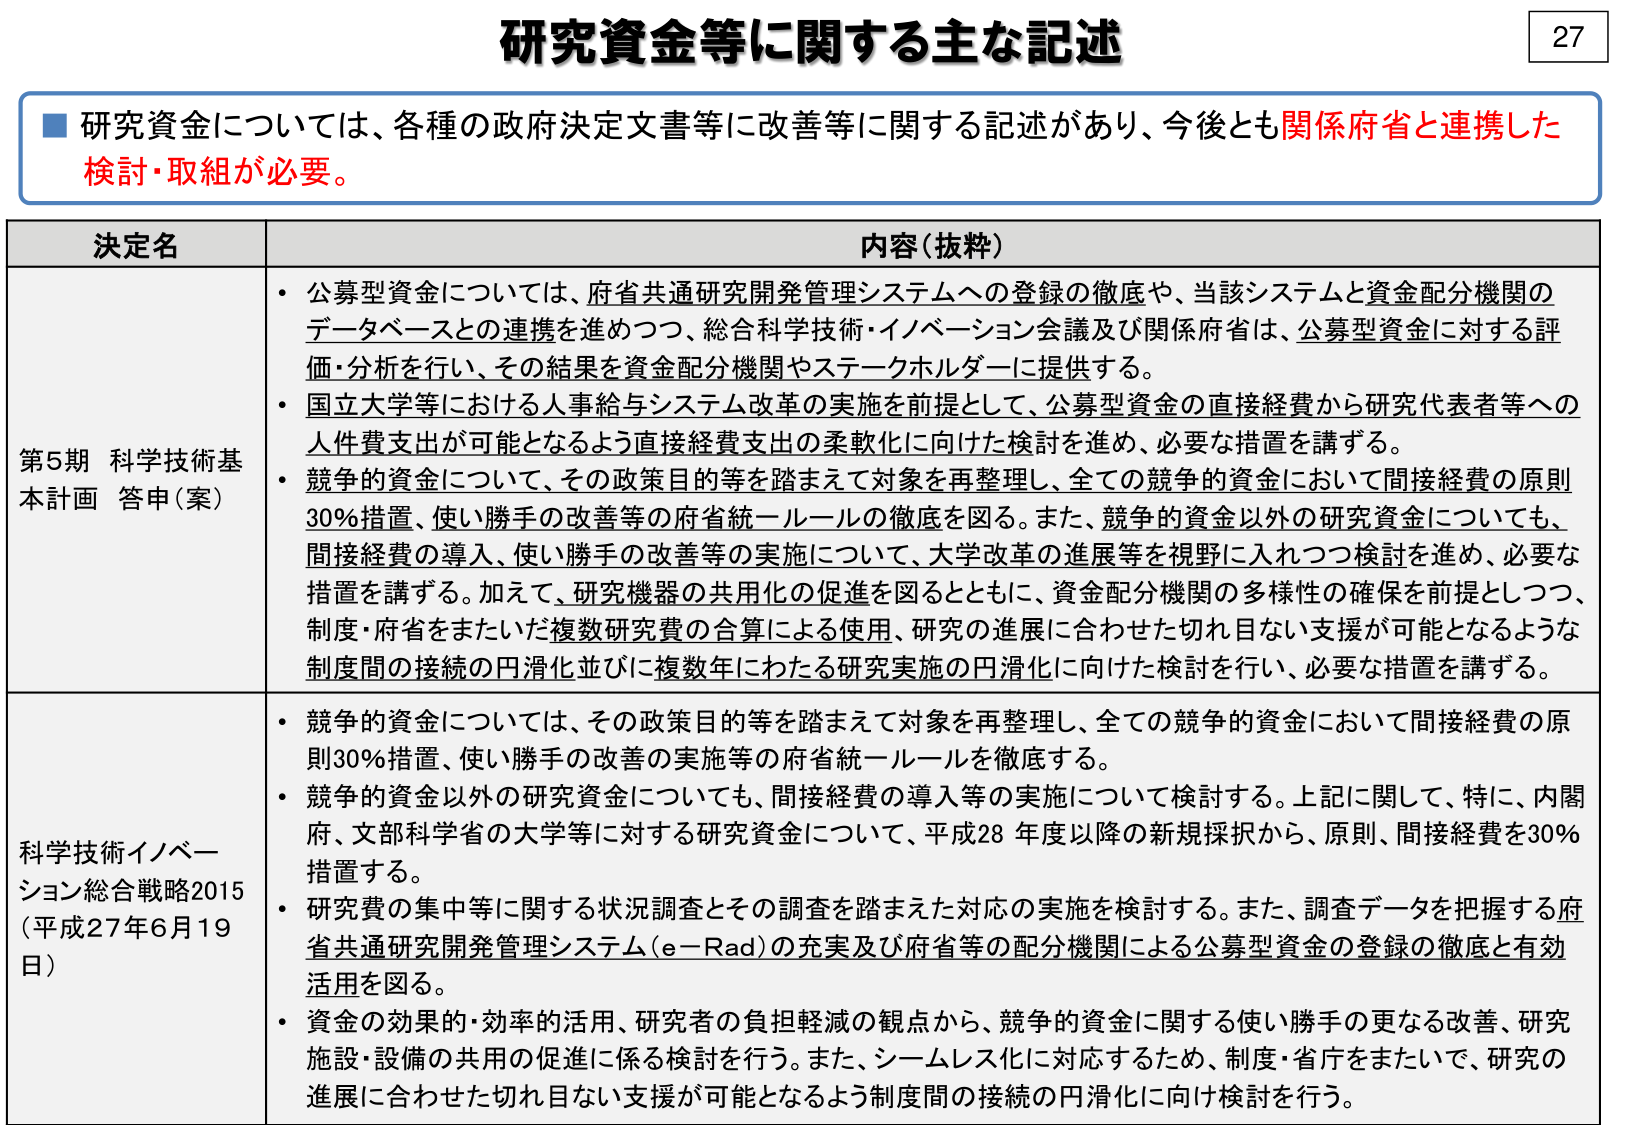
研究資金等に関する主な記述

■ 研究資金については、各種の政府決定文書等に改善等に関する記述があり、今後とも関係府省と連携した検討・取組が必要。

決定名 内容（抜粋）

第5期 科学技術基本計画 答申（案）
・公募型資金については、府省共通研究開発管理システムへの登録の徹底や、当該システムと資金配分機関のデータベースとの連携を進めつつ、総合科学技術・イノベーション会議及び関係府省は、公募型資金に対する評価・分析を行い、その結果を資金配分機関やステークホルダーに提供する。
・国立大学等における人事給与システム改革の実施を前提として、公募型資金の直接経費から研究代表者等への人件費支出が可能となるよう直接経費支出の柔軟化に向けた検討を進め、必要な措置を講ずる。
・競争的資金について、その政策目的等を踏まえて対象を再整理し、全ての競争的資金において間接経費の原則30％措置、使い勝手の改善等の府省統一ルールの徹底を図る。また、競争的資金以外の研究資金についても、間接経費の導入、使い勝手の改善等の実施について、大学改革の進展等を視野に入れつつ検討を進め、必要な措置を講ずる。加えて、研究機器の共用化の促進を図るとともに、資金配分機関の多様性の確保を前提としつつ、制度・府省をまたいだ複数研究費の合算による使用、研究の進展に合わせた切れ目ない支援が可能となるよう制度間の接続の円滑化並びに複数年にわたる研究実施の円滑化に向けた検討を行い、必要な措置を講ずる。

科学技術イノベーション総合戦略2015（平成27年6月19日）
・競争的資金については、その政策目的等を踏まえて対象を再整理し、全ての競争的資金において間接経費の原則30％措置、使い勝手の改善の実施等の府省統一ルールを徹底する。
・競争的資金以外の研究資金についても、間接経費の導入等の実施について検討する。上記に関して、特に、内閣府、文部科学省の大学等に対する研究資金について、平成28年度以降の新規採択から、原則、間接経費を30％措置する。
・研究費の集中等に関する状況調査とその調査を踏まえた対応の実施を検討する。また、調査データを把握する府省共通研究開発管理システム（e-Rad）の充実及び府省等の配分機関による公募型資金の登録の徹底と有効活用を図る。
・資金の効果的・効率的活用、研究者の負担軽減の観点から、競争的資金に関する使い勝手の更なる改善、研究施設・設備の共用の促進に係る検討を行う。また、シームレス化に対応するため、制度・省庁をまたいで、研究の進展に合わせた切れ目ない支援が可能となるよう制度間の接続の円滑化に向け検討を行う。

27